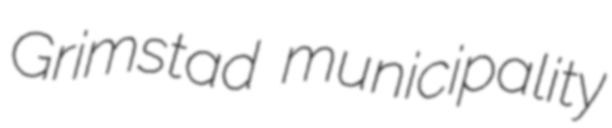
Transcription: Grimstad municipality